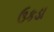
ઉકડા